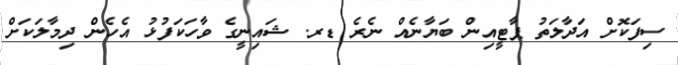
ސިފަކޮށް އަދާލަތު ޕާޓީއިން ބަޔާނެއް ނެރެ ޑރ. ޝައިނީގެ ވާހަކަފުޅު އެހެން ދިމާލަކަށް